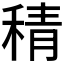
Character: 𮃇